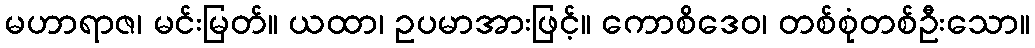
မဟာရာဇ၊ မင်းမြတ်။ ယထာ၊ ဥပမာအားဖြင့်။ ကောစိဒေဝ၊ တစ်စုံတစ်ဦးသော။